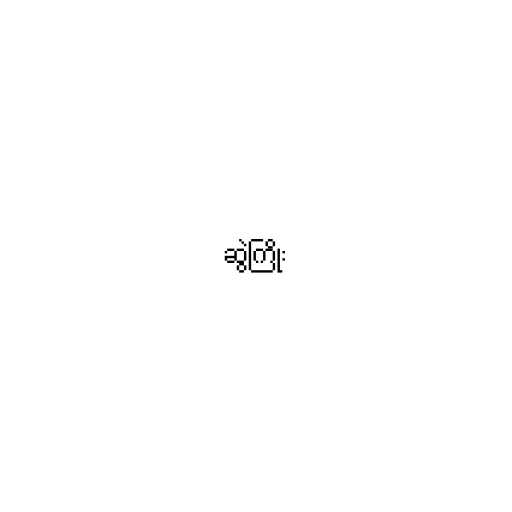
ဆွဲကြိုး